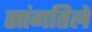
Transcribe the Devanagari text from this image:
सांगतिले